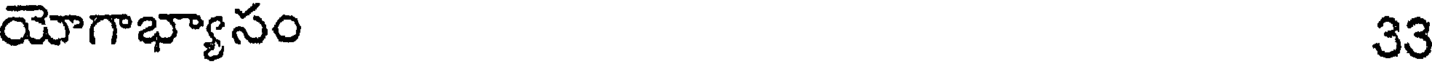
యోగాభ్యాసం 33